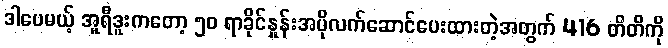
ဒါပေမယ့် အူရီဒူးကတော့ ၅၀ ရာခိုင်နှုန်းအပိုလက်ဆောင်ပေးထားတဲ့အတွက် 416 တိတိကို